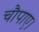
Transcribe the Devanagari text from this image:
चौपाए।